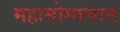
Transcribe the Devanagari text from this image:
महामोग्गलान